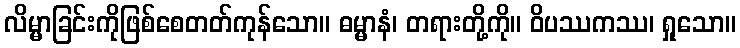
လိမ္မာခြင်းကိုဖြစ်စေတတ်ကုန်သော။ ဓမ္မာနံ၊ တရားတို့ကို။ ဝိပဿကဿ၊ ရှုသော။